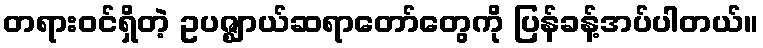
တရားဝင်ရှိတဲ့ ဥပဇ္ဈာယ်ဆရာတော်တွေကို ပြန်ခန့်အပ်ပါတယ်။